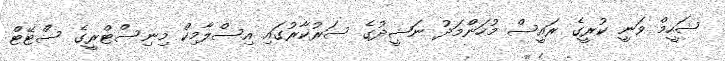
ޝަހީމް ވަނީ ކުރީގެ ރައީސް މުހަންމަދު ނަޝީދުގެ ސަރުކާރުގައި އިސްލާމިކް މިނިސްޓްރީގެ ސްޓޭޓް